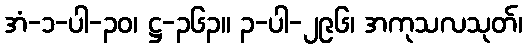
အံ-၁-ပါ-၃၀၊ ဋ္ဌ-၃၆၃။ ၃-ပါ-၂၉၆၊ အကုသလသုတ်၊